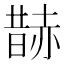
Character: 𧹨